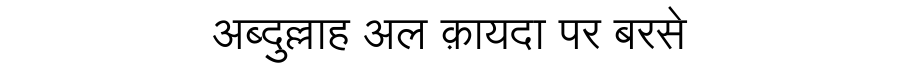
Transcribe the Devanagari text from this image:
अब्दुल्लाह अल क़ायदा पर बरसे